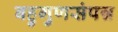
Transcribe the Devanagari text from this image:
बहुगुणसंपन्न